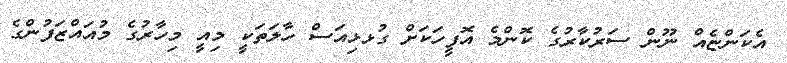
އެކަންޏެއް ނޫން ސަރުކާރުގެ ކޮންމެ އޮފީހަކަށް ގުޅޅިއަސް ހާލަތަކީ މިއީ މިހާރުގެ މުއައްޒަފުންގެ